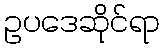
ဥပဒေဆိုင်ရာ